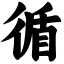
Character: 循